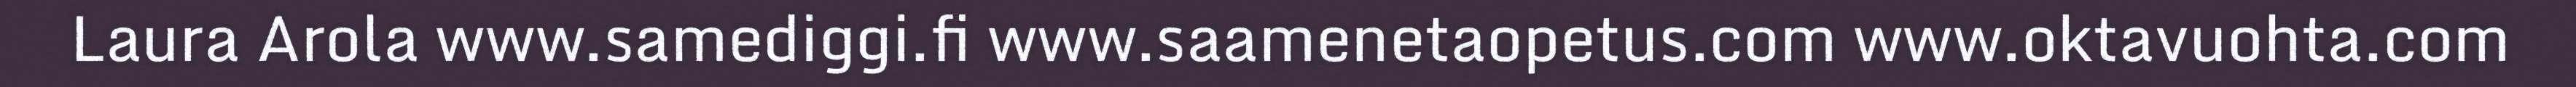
Laura Arola www.samediggi.fi www.saamenetaopetus.com www.oktavuohta.com